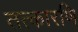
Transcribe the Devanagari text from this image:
तत्कारणि